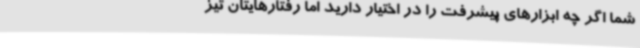
شما اگر چه ابزارهای پیشرفت را در اختیار دارید اما رفتارهایتان تیز